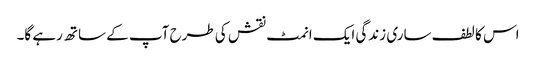
اس کا لطف ساری زندگی ایک انمٹ نقش کی طرح آپ کے ساتھ رہے گا۔